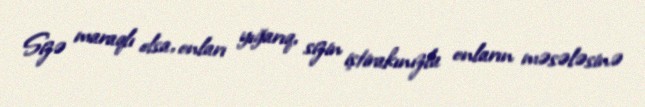
Sizə maraqlı olsa, onları yığarıq, sizin iştirakınızla onların məsələsinə